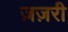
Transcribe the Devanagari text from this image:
ज़ज़री